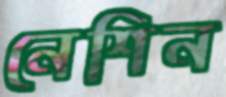
নেশিন